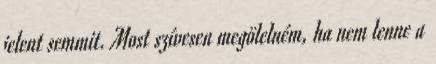
jelent semmit. Most szívesen megölelném, ha nem lenne a